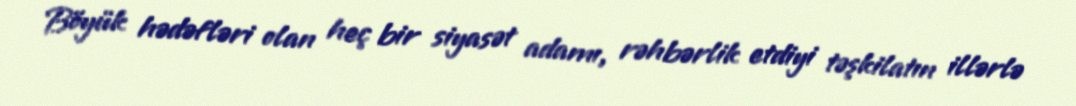
Böyük hədəfləri olan heç bir siyasət adamı, rəhbərlik etdiyi təşkilatın illərlə